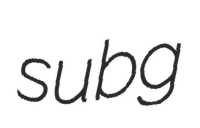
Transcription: subg